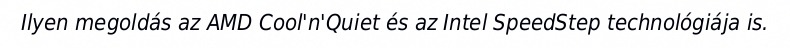
Ilyen megoldás az AMD Cool'n'Quiet és az Intel SpeedStep technológiája is.